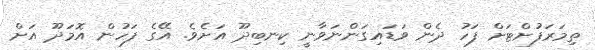
ތިމަރަފުށްޓަށް ފަހު ދެން ވަޑައިގަންނަވާނީ ކިނބިދޫ އަށެވެ. އޭގެ ފަހުން އޮމަދޫ އަށް